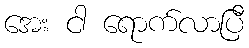
အေး ငါ ရောက်လာပြီ